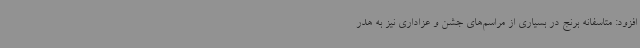
افزود: متاسفانه برنج در بسیاری از مراسم‌های جشن و عزاداری نیز به هدر